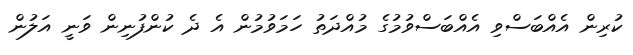
ކުރިން އެއްބަސްވި އެއްބަސްވުމުގެ މުއްދަތު ހަމަވުމުން އެ ދެ ކުންފުނިން ވަނީ އަލުން